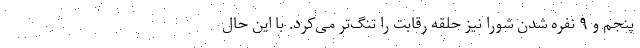
پنجم و ۹ نفره شدن شورا نیز حلقه رقابت را تنگ‌تر می‌کرد. با این حال